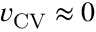
\boldsymbol { v } _ { \mathrm { { C V } } } \approx \boldsymbol { 0 }